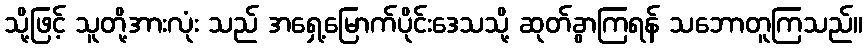
သို့ဖြင့် သူတို့အားလုံး သည် အရှေ့မြောက်ပိုင်းဒေသသို့ ဆုတ်ခွာကြရန် သဘောတူကြသည်။